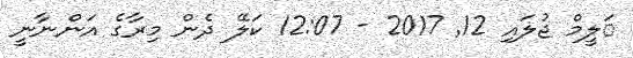
ަލީމް ޖުލައި 12